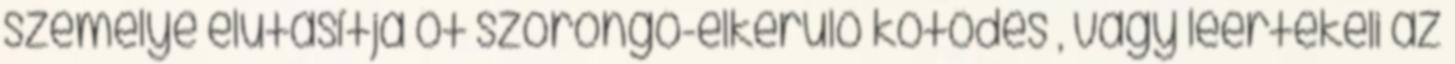
személye elutasítja őt szorongó-elkerülő kötődés , vagy leértékeli az